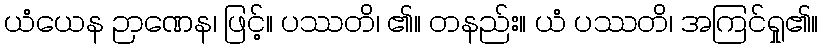
ယံယေန ဉာဏေန၊ ဖြင့်။ ပဿတိ၊ ၏။ တနည်း။ ယံ ပဿတိ၊ အကြင်ရှု၏။